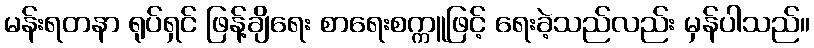
မန်းရတနာ ရုပ်ရှင် ဖြန့်ချိရေး စာရေးစက္ကူဖြင့် ရေးခဲ့သည်လည်း မှန်ပါသည်။